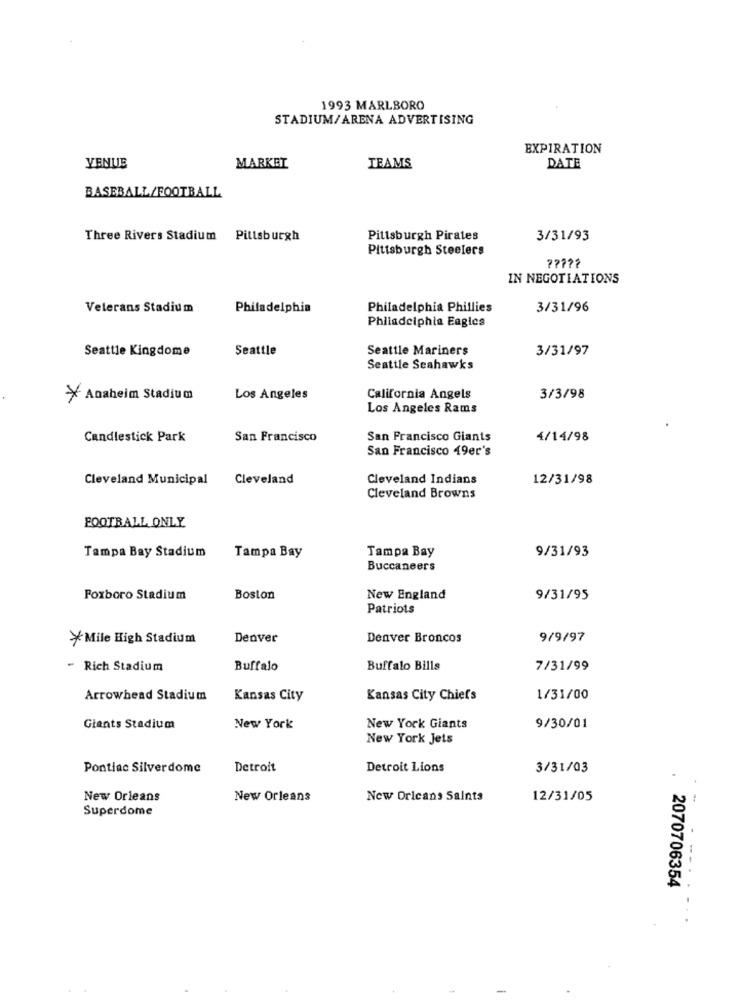
1993 MARLBORO
STADIUM/ARENA ADVERTISING
EXPIRATION
VENUE
MARKET
TEAMS
DATE
BASEBALL/FOOTBALL
Three Rivers Stadium
Pittsburgh
Pittsburgh Pirates
3/31/93
Pittsburgh Steelers
IN NEGOTIATIONS
Veterans Stadium
Philadelphia
Philadelphia Phillies
3/31/96
Philadelphia Eagles
Seattle Kingdome
Seattle
Seattle Mariners
3/31/97
Seattle Seahawks
> Anaheim Stadium
Los Angeles
California Angels
3/3/98
Los Angeles Rams
Candlestick Park
San Francisco
San Francisco Giants
4/14/98
San Francisco 49er's
Cleveland Municipal
Cleveland
Cleveland Indians
12/31/98
Cleveland Browns
FOOTBALL ONLY
Tampa Bay Stadium
Tampa Bay
9/31/93
Tampa Bay
Buccaneers
Foxboro Stadium
Boston
New England
9/31/95
Patriots
XMile High Stadium
Denver
Denver Broncos
9/9/97
- Rich Stadium
Buffalo
Buffalo Bills
7/31/99
Arrowhead Stadium
Kansas City
Kansas City Chiefs
1/31/00
Giants Stadium
New York
New York Giants
9/30/01
New York Jets
Pontiac Silverdome
Detroit
Detroit Lions
3/31/03
New Orleans
New Orleans
New Orleans Saints
12/31/05
Superdome
2070706354
--.
-